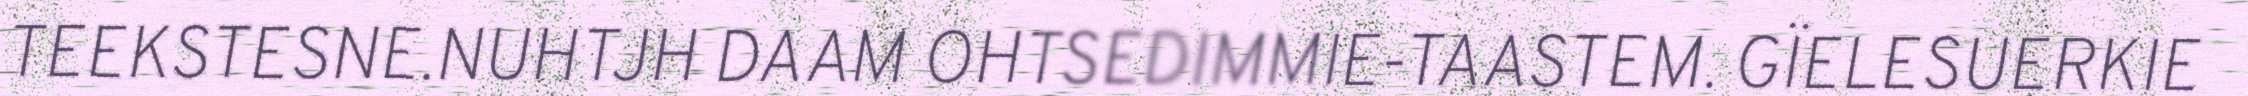
TEEKSTESNE.NUHTJH DAAM OHTSEDIMMIE-TAASTEM. GÏELESUERKIE